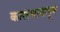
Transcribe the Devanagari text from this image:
कारस्थानातून